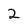
Character: 2